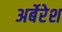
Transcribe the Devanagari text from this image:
अर्बेरेश